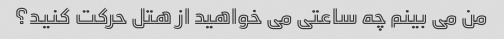
من می بینم چه ساعتی می خواهید از هتل حرکت کنید؟